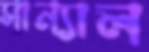
সান্যাল